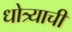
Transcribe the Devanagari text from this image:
धोत्र्याची